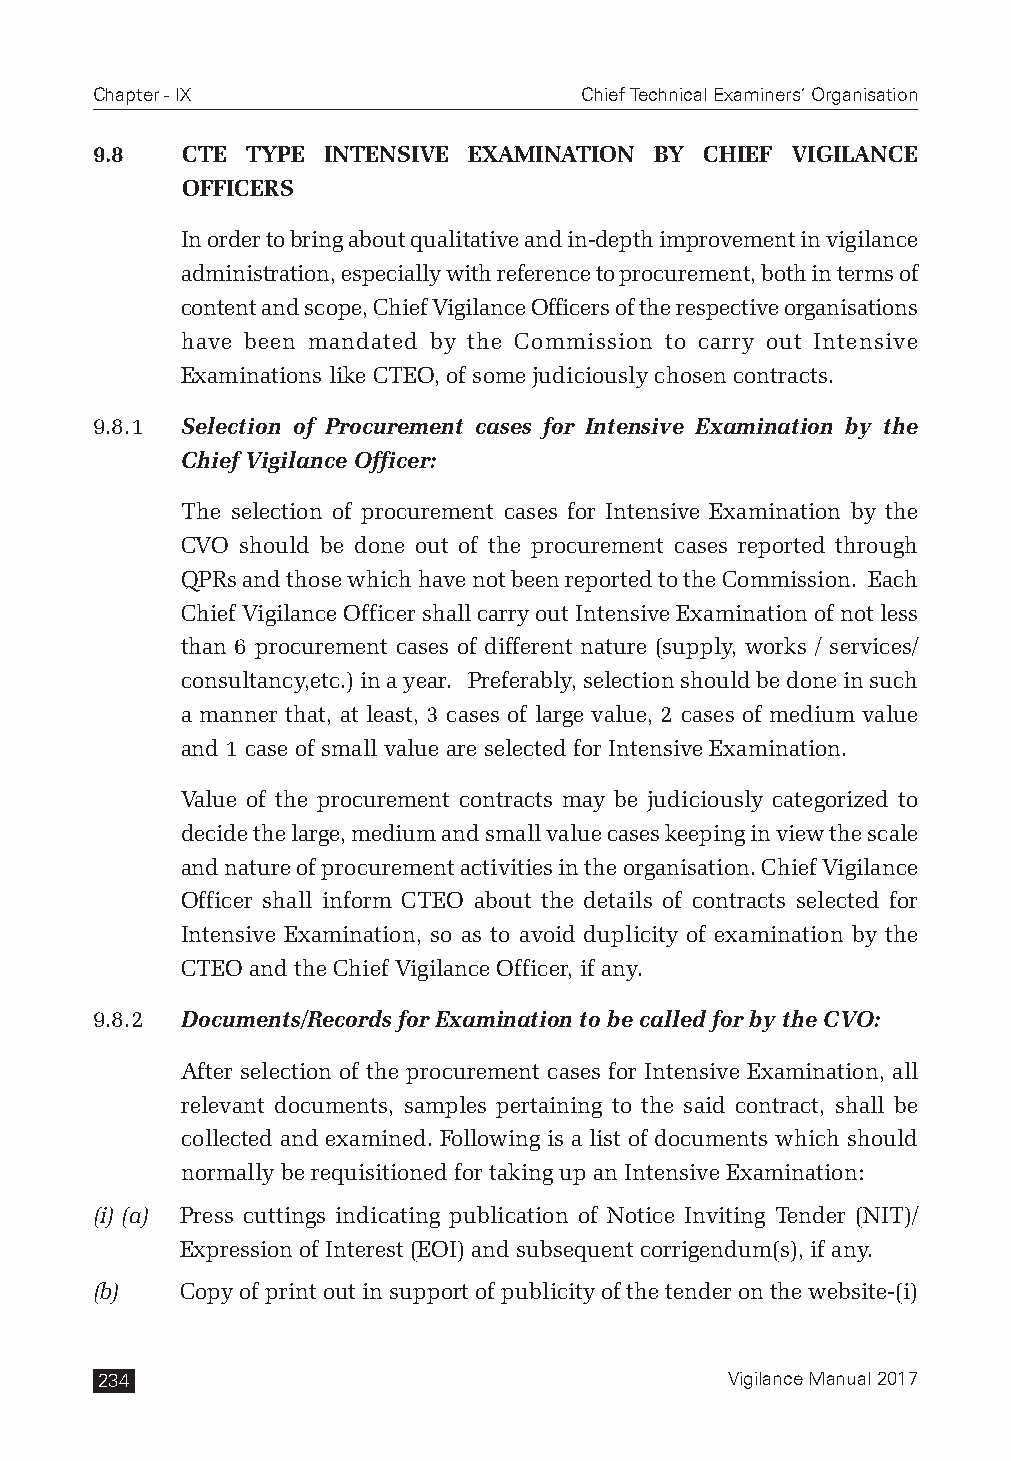
Chapter - IX                    Chief Technical Examiners’ Organisation
 9.8   CTE TYPE INTENSIVE EXAMINATION BY  CHIEF VIGILANCE
 OFFICERS
 In order to bring about qualitative and in-depth improvement in vigilance
 administration, especially with reference to procurement, both in terms of
 content and scope, Chief Vigilance Officers of the respective organisations
 have been mandated by the Commission to carry out Intensive
 Examinations like CTEO, of some judiciously chosen contracts.
 9.8.1 Selection of Procurement cases for Intensive Examination by the
 Chief Vigilance Officer:
 The selection of procurement cases for Intensive Examination by the
 CVO should be done out of the procurement cases reported through
 QPRs and those which have not been reported to the Commission. Each
 Chief Vigilance Officer shall carry out Intensive Examination of not less
 than 6 procurement cases of different nature (supply, works / services/
 consultancy,etc.) in a year. Preferably, selection should be done in such
 a manner that, at least, 3 cases of large value, 2 cases of medium value
 and 1 case of small value are selected for Intensive Examination.
 Value of the procurement contracts may be judiciously categorized to
 decide the large, medium and small value cases keeping in view the scale
 and nature of procurement activities in the organisation. Chief Vigilance
 Officer shall inform CTEO about the details of contracts selected for
 Intensive Examination, so as to avoid duplicity of examination by the
 CTEO and the Chief Vigilance Officer, if any.
 9.8.2 Documents/Records for Examination to be called for by the CVO:
 After selection of the procurement cases for Intensive Examination, all
 relevant documents, samples pertaining to the said contract, shall be
 collected and examined. Following is a list of documents which should
 normally be requisitioned for taking up an Intensive Examination:
 (i) (a) Press cuttings indicating publication of Notice Inviting Tender (NIT)/
 Expression of Interest (EOI) and subsequent corrigendum(s), if any.
 (b)   Copy of print out in support of publicity of the tender on the website-(i)
 234                                       Vigilance Manual 2017